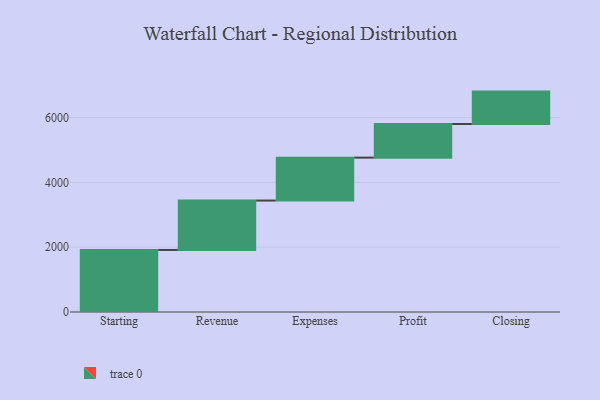
{"axis": {"x": "Step", "y": "Value"}, "legend": [""], "data": [{"x": "Starting", "y": 1915.0, "type": ""}, {"x": "Revenue", "y": 1525.0, "type": ""}, {"x": "Expenses", "y": 1325.0, "type": ""}, {"x": "Profit", "y": 1038.0, "type": ""}, {"x": "Closing", "y": 1000, "type": ""}]}